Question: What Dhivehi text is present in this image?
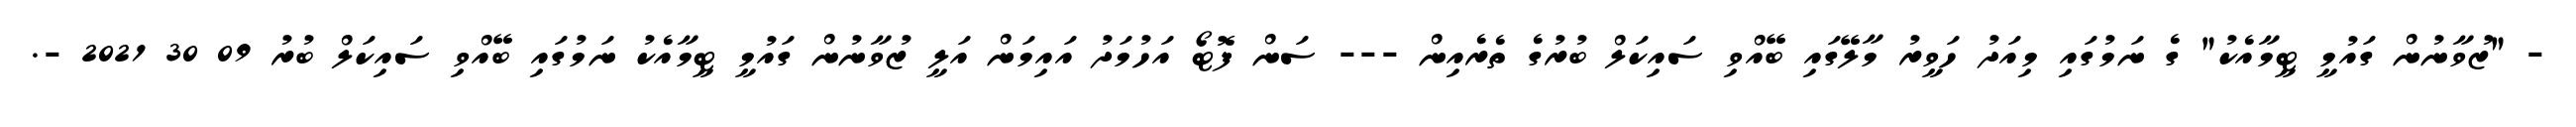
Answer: - "ޒުވާނުން ގައުމީ ޓީމާއެކު" ގެ ނަމުގައި މިއަދު ހަވީރު މާލޭގައި ބޭއްވި ސައިކަލް ބުރުގެ ތެރެއިން --- ސަން ފޮޓޯ އަހުމަދު އައިމަން އަލީ ޒުވާނުން ގައުމީ ޓީމާއެކު ނަމުގައި ބޭއްވި ސައިކަލް ބުރު 09 30 2021 -.